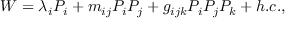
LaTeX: W = \lambda _ { i } P _ { i } + m _ { i j } P _ { i } P _ { j } + g _ { i j k } P _ { i } P _ { j } P _ { k } + h . c . ,